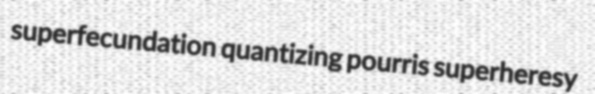
superfecundation quantizing pourris superheresy